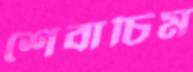
শেবাচিম